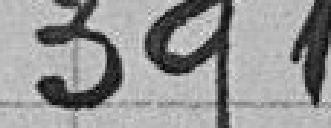
391